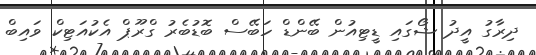
ދިރާގު އީދު ޝޯގައި ޑީޓިއުން ބޭންޑް ހަބޭސް ބޮޑުބެރު ގްރޫޕް އެކުއަޓިކް ވައިބް